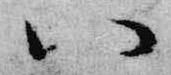
八